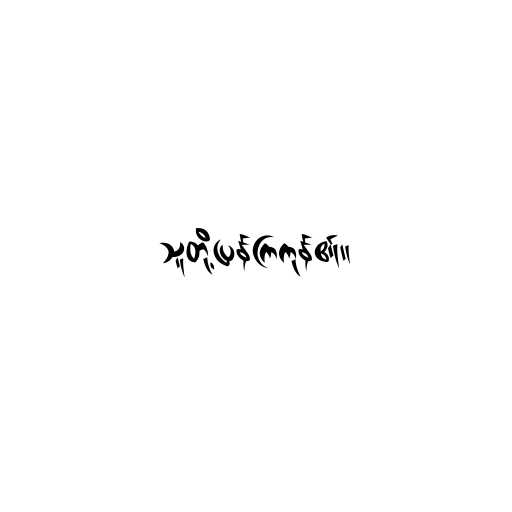
သူတို့ပြန်ကြကုန်၏။